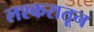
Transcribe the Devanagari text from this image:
लश्करातून